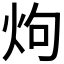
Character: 𮳤